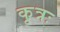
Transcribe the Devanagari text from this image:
कृत्रः